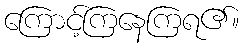
ကြောင့်ကြနေကြရ၏။